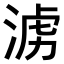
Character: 𣶭